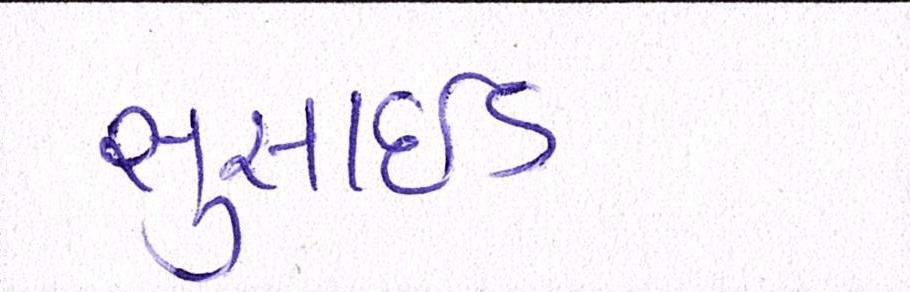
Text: સુસાઈડ